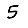
Digit: 5